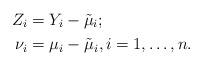
LaTeX: \begin{align*} Z_i&= Y_i- \tilde{\mu}_i; \\ \nu_i&= \mu_i -\tilde{\mu}_i,i=1,\dots,n. \end{align*}